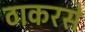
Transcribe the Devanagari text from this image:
ठाकरसे